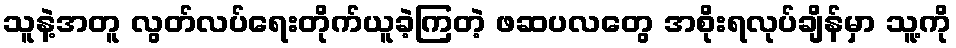
သူနဲ့အတူ လွတ်လပ်ရေးတိုက်ယူခဲ့ကြတဲ့ ဖဆပလတွေ အစိုးရလုပ်ချိန်မှာ သူ့ကို